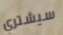
سيشتري